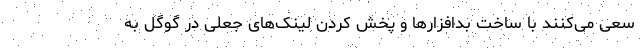
سعی می‌کنند با ساخت بدافزارها و پخش کردن لینک‌های جعلی در گوگل به